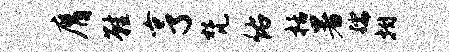
膺鞋亨梵佑栝暑孺拊